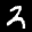
Label: 2